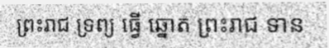
ព្រះរាជ ទ្រព្យ ធ្វើ ឆ្នោត ព្រះរាជ ទាន